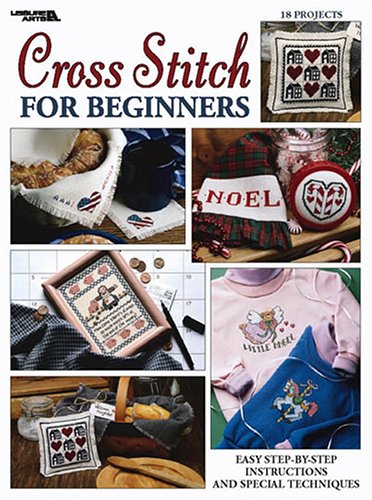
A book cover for Cross Stitch For Beginners  (Leisure Arts #2072); Leisure Arts; Crafts, Hobbies & Home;